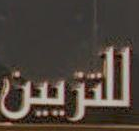
للرئيس